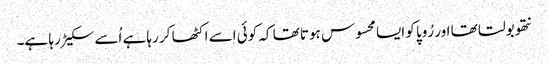
نتھو بولتا تھا اور رُوپا کو ایسا محسوس ہوتا تھا کہ کوئی اسے اکٹھا کر رہا ہے اُسے سکیڑ رہا ہے۔